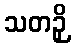
သတဉှိ